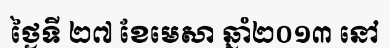
ថ្ងៃទី ២៧ ខែមេសា ឆ្នាំ២០១៣ នៅ